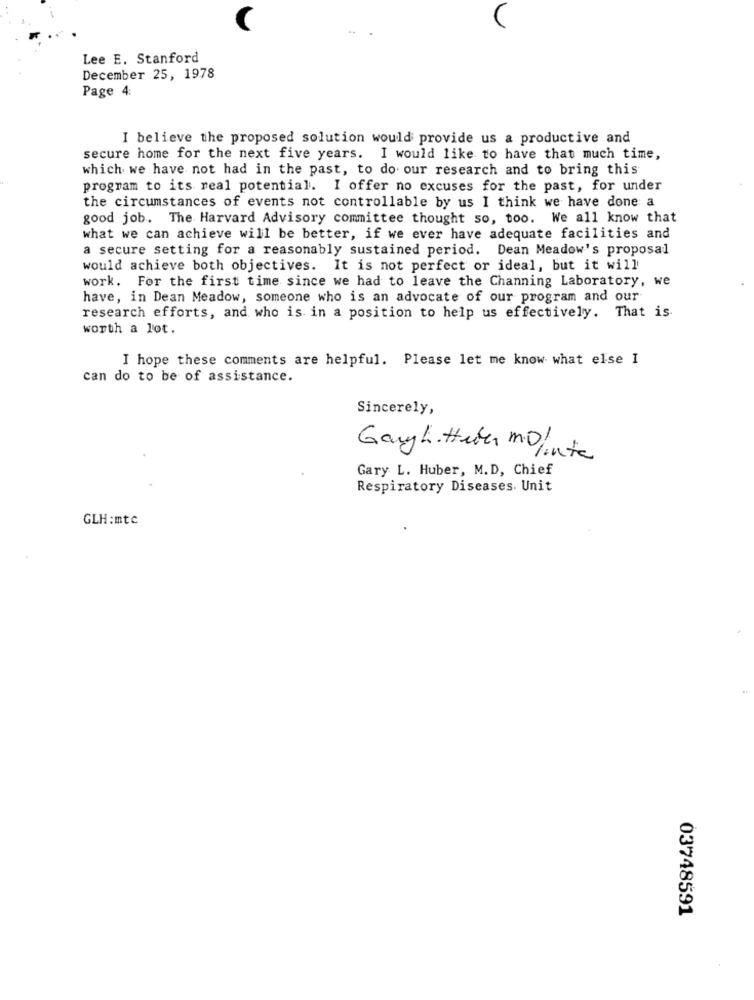
Lee E. Stanford
December 25, 1978
Page 4:
I believe the proposed solution would provide us a productive and
secure home for the next five years. I would like to have that much time,
which we have not had in the past, to do our research and to bring this
program to its real potential. I offer no excuses for the past, for under
the circumstances of events not controllable by us I think we have done a
good job. The Harvard Advisory committee thought so, too. We all know that
what we can achieve will be better, if we ever have adequate facilities and
a secure setting for a reasonably sustained period. Dean Meadow's proposal
would achieve both objectives. It is not perfect or ideal, but it will
work. For the first time since we had to leave the Channing Laboratory, we
have, in Dean Meadow, someone who is an advocate of our program and our
research efforts, and who is in a position to help us effectively. That is
worth a lot.
I hope these comments are helpful. Please let me know what else I
can do to be of assistance.
Sincerely,
Gary h. Huber Mo/
Gary L. Huber, M.D, Chief
Respiratory Diseases. Unit
GLH:mtc
03748591